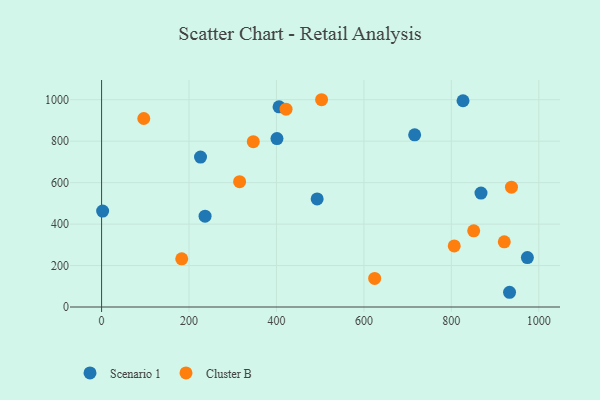
{"axis": {"x": "Study Hours", "y": "Profit"}, "legend": ["Cluster B", "Scenario 1"], "data": [{"x": "933.1", "y": 71.1, "type": "Scenario 1"}, {"x": "226.3", "y": 723.3, "type": "Scenario 1"}, {"x": "973.9", "y": 238.5, "type": "Scenario 1"}, {"x": "236.7", "y": 438.0, "type": "Scenario 1"}, {"x": "493.1", "y": 521.2, "type": "Scenario 1"}, {"x": "716.1", "y": 830.5, "type": "Scenario 1"}, {"x": "867.8", "y": 549.7, "type": "Scenario 1"}, {"x": "2.4", "y": 462.8, "type": "Scenario 1"}, {"x": "826.7", "y": 994.9, "type": "Scenario 1"}, {"x": "405.9", "y": 965.8, "type": "Scenario 1"}, {"x": "401.2", "y": 812.7, "type": "Scenario 1"}, {"x": "851.1", "y": 367.6, "type": "Cluster B"}, {"x": "806.6", "y": 294.8, "type": "Cluster B"}, {"x": "421.9", "y": 954.4, "type": "Cluster B"}, {"x": "347.0", "y": 797.4, "type": "Cluster B"}, {"x": "624.6", "y": 137.9, "type": "Cluster B"}, {"x": "96.5", "y": 909.4, "type": "Cluster B"}, {"x": "937.5", "y": 578.1, "type": "Cluster B"}, {"x": "315.7", "y": 604.8, "type": "Cluster B"}, {"x": "503.2", "y": 999.9, "type": "Cluster B"}, {"x": "921.1", "y": 314.6, "type": "Cluster B"}, {"x": "183.3", "y": 232.6, "type": "Cluster B"}]}